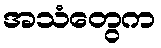
အသံတွေက